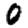
Digit: 0